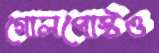
গোলপোস্টও